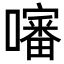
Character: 𡂹